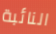
النائبة